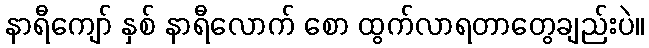
နာရီကျော် နှစ် နာရီလောက် စော ထွက်လာရတာတွေချည်းပဲ။